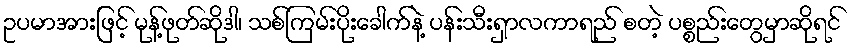
ဥပမာအားဖြင့် မုန့်ဖုတ်ဆိုဒါ၊ သစ်ကြမ်းပိုးခေါက်နဲ့ ပန်းသီးရှာလကာရည် စတဲ့ ပစ္စည်းတွေမှာဆိုရင်